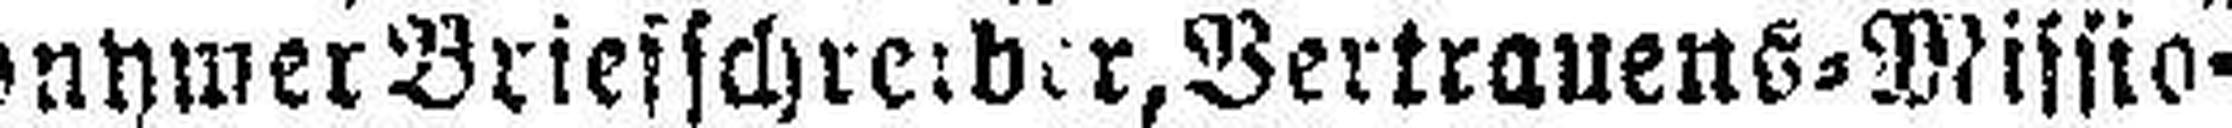
anonymer Briefschreider, Vertrauens=Missio¬